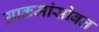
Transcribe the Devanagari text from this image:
उपक्रमांसोबत